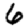
Digit: 6